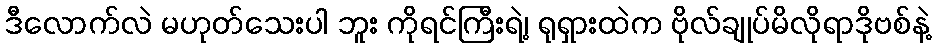
ဒီလောက်လဲ မဟုတ်သေးပါ ဘူး ကိုရင်ကြီးရဲ့၊ ရုရှားထဲက ဗိုလ်ချုပ်မိလိုရာဒိုဗစ်နဲ့